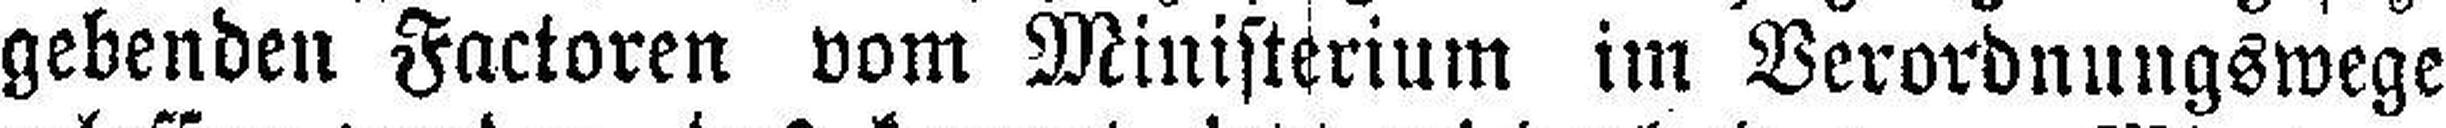
gebenden Factoren vom Ministerium im Verordnungswege